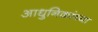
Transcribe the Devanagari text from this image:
आधुनिकांच्या